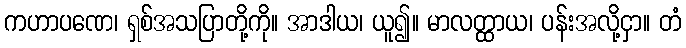
ကဟာပဏေ၊ ရှစ်အသပြာတို့ကို။ အာဒါယ၊ ယူ၍။ မာလတ္ထာယ၊ ပန်းအလို့ငှာ။ တံ